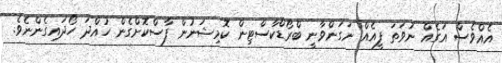
އެއްވެސް އަގެއް ނުވަތަ ފީއެއް ނަގަންވާނީ ބްރޯޑްކާސްޓިން ކޮމިޝަނުން ފާސްކޮށްގެން ހުއްދަ ހޯދައިގެންނެވެ.